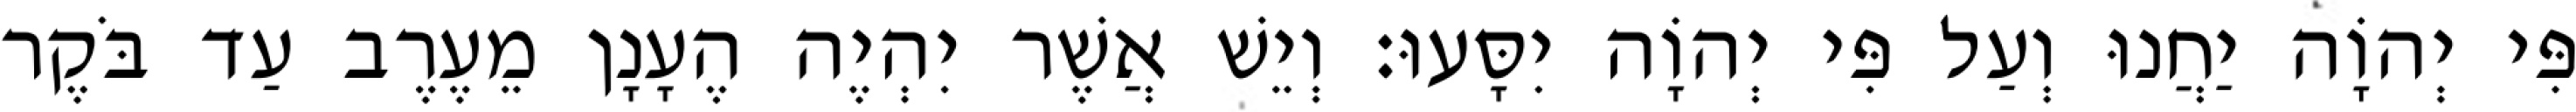
פִּי יְהוָֹה יַחֲנוּ וְעַל פִּי יְהוָֹה יִסָּעוּ׃ וְיֵשׁ אֲשֶׁר יִהְיֶה הֶעָנָן מֵעֶרֶב עַד בֹּקֶר